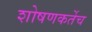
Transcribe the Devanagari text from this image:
शोषणकर्तेच